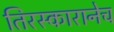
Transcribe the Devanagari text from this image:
तिरस्कारानेच